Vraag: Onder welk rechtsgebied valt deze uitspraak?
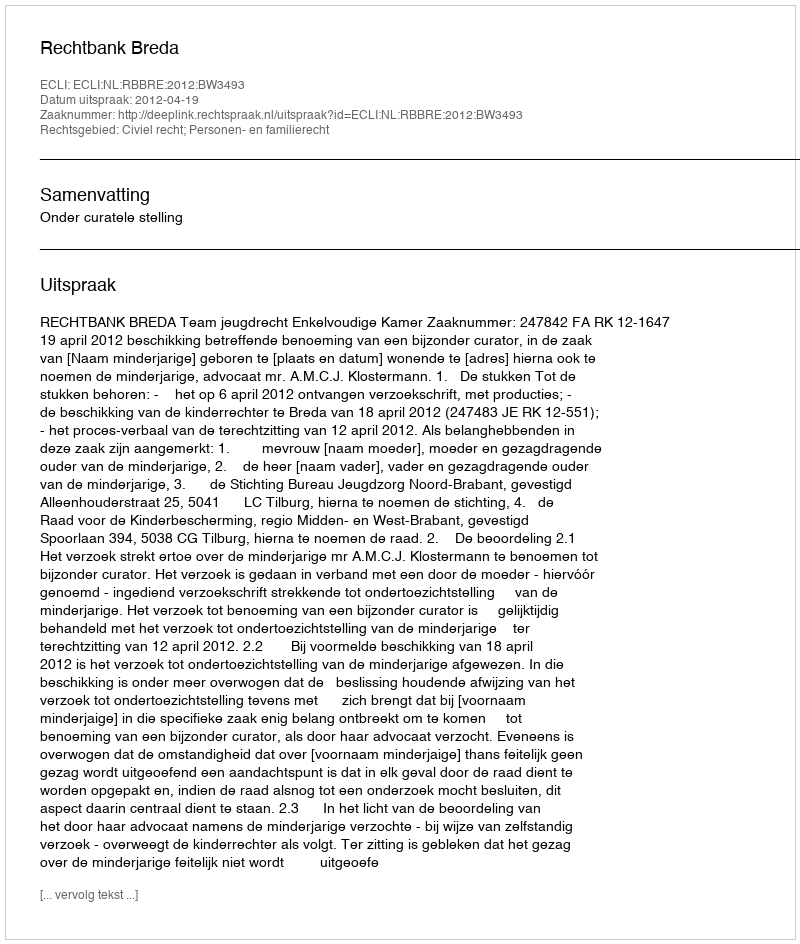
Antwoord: Civiel recht; Personen- en familierecht